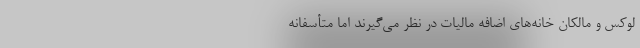
لوکس و مالکان خانه‌های اضافه مالیات در نظر می‌گیرند‌ اما متأسفانه